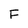
Character: F